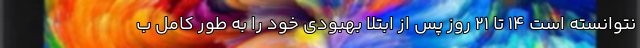
نتوانسته است ۱۴ تا ۲۱ روز پس از ابتلا بهبودی خود را به طور کامل ب